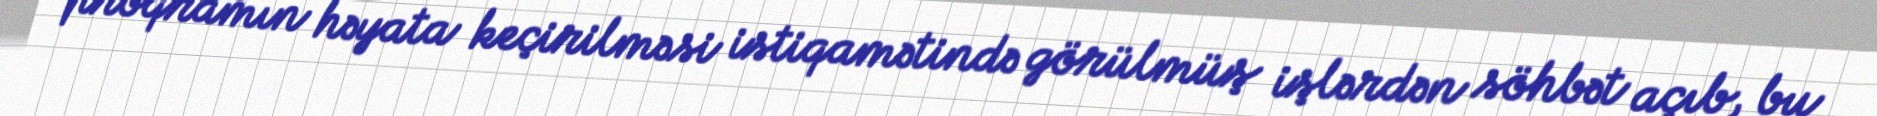
proqramın həyata keçirilməsi istiqamətində görülmüş işlərdən söhbət açıb, bu